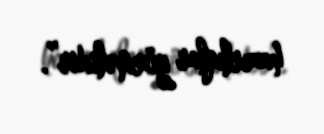
hazırlıqlar görməlidir”.